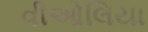
વીઓલિયા